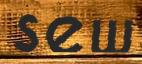
sew